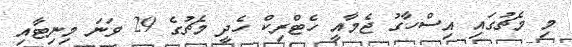
މި މެޗުގައި އިސްހާގު ޖެމާއީ ހެޓްރިކް ހެދީ މެޗުގެ 29 ވަނަ މިނިޓާއި